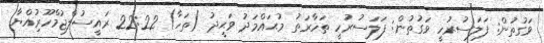
ވަގުތުން: ފަލަސުރުހީ ވަގުތުން: ފަލަސުރުހީ ތަހާރަތު މުޙައްމަދު ވަޙީދު (ތަހާ) 22:22 ރައީސުލްޖުމްހޫރުިއްޔާ